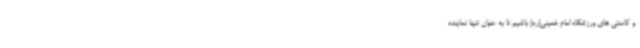
و کاستی های ورزشگاه امام خمینی(ره) باشیم تا به عنوان تنها نماینده